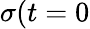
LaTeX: \sigma(t=0